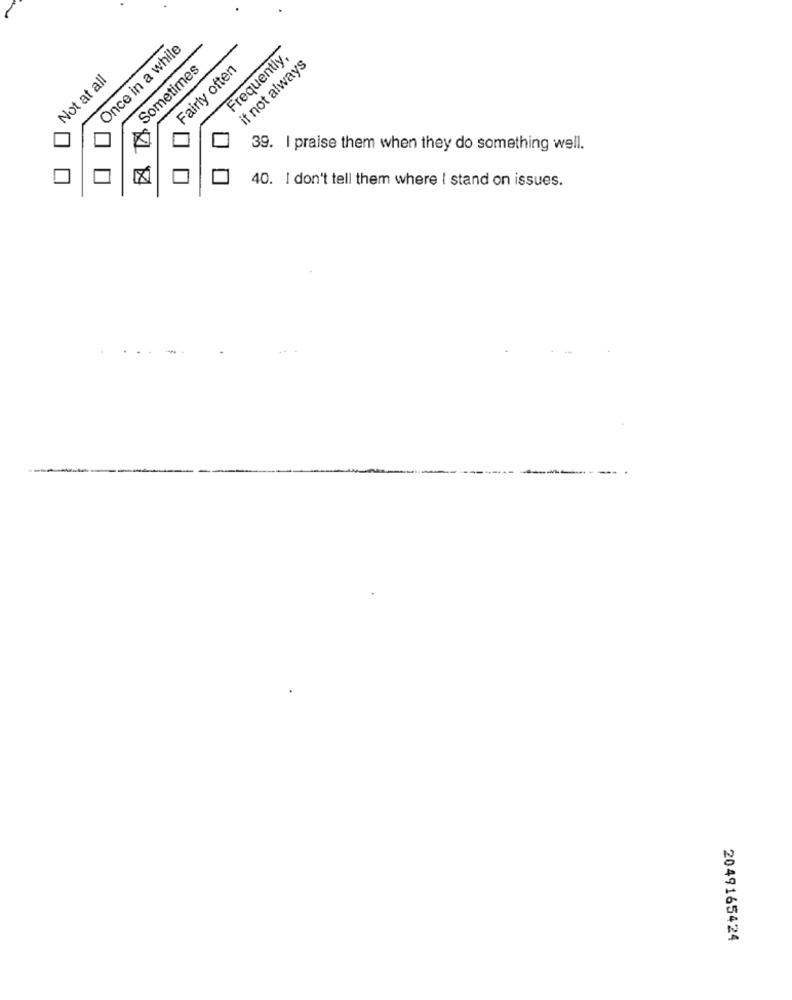
Once in a while
Frequently,
if not always
Sometimes
Fairly often
Not at all
39. I praise them when they do something well.
40. I don't tell them where I stand on issues.
2049165424